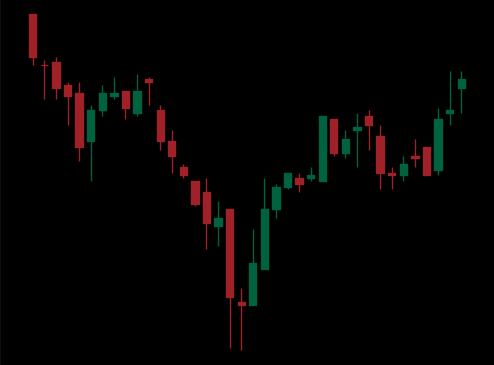
Pattern: inverse_head_shoulders